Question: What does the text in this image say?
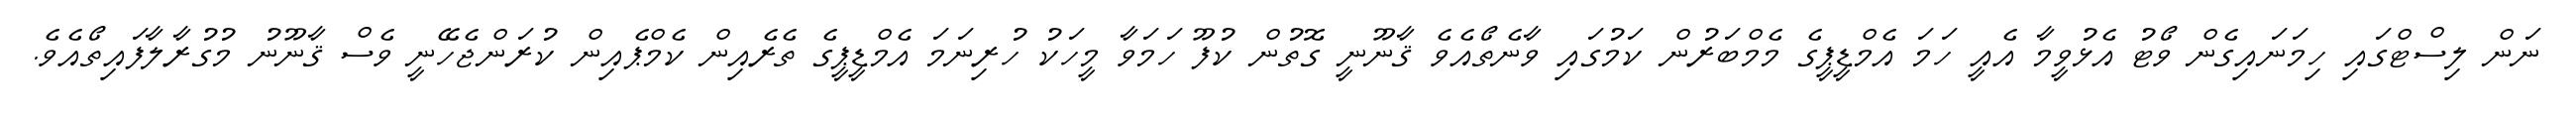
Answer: ނަން ލިސްޓްގައި ހިމަނައިގެން ވޯޓު އެޅުވީމާ އެއީ ހަމަ އެމްޑީޕީގެ މެމްބަރުން ކަމުގައި ވާނެތޯއެވެ ޤާނޫނީ ގޮތުން ކުފޫ ހަމަވާ މީހަކު ހުރިނަމަ އެމްޑީޕީގެ ތެރެއިން ކެމްޕެއިން ކުރަންޖެހޭނީ ވެސް ޤާނޫނު މުގުރާލާފައިތޯއެވެ.